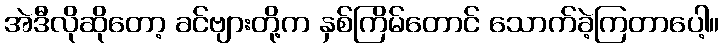
အဲဒီလိုဆိုတော့ ခင်ဗျားတို့က နှစ်ကြိမ်တောင် သောက်ခဲ့ကြတာပေါ့။